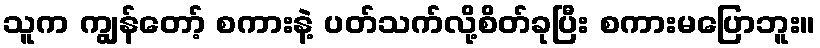
သူက ကျွန်တော့် စကားနဲ့ ပတ်သက်လို့စိတ်ခုပြီး စကားမပြောဘူး။